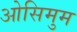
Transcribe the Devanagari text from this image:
ओसिमुम